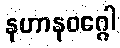
နဟာနဝဂ္ဂေါ